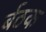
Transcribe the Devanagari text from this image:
र्बठक